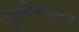
ભૂમિકારૂપ